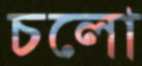
চলো